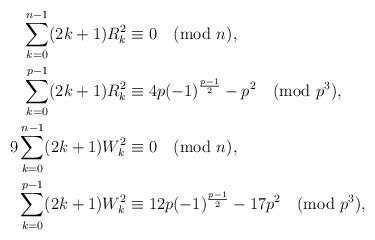
LaTeX: \begin{align*}\sum_{k=0}^{n-1}(2k+1)R_k^2 &\equiv 0 \pmod{n}, \\\sum_{k=0}^{p-1}(2k+1)R_k^2 &\equiv 4p(-1)^{\frac{p-1}{2}} -p^2 \pmod{p^3}, \\9\sum_{k=0}^{n-1}(2k+1)W_k^2 &\equiv 0 \pmod{n}, \\\sum_{k=0}^{p-1}(2k+1)W_k^2 &\equiv 12p(-1)^{\frac{p-1}{2}}-17p^2 \pmod{p^3}, \quad\end{align*}